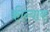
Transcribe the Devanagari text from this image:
कीन्याक